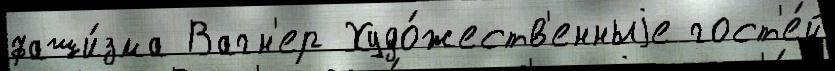
фаши́зма Вагн'ер Худо́жеств'енныjе гост'е́й